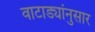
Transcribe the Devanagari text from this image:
वाटाड्यांनुसार